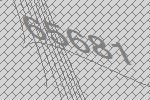
65681